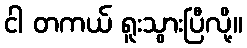
ငါ တကယ် ရူးသွားပြီလို့။